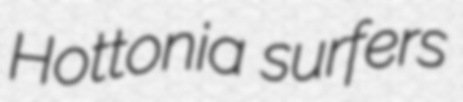
Hottonia surfers